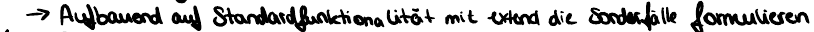
-> Aufbauend auf Standardfunktionalität mit extend die Sonderfälle formulieren